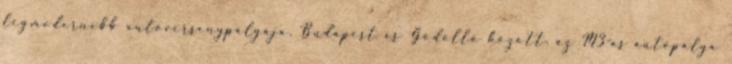
legmodernebb autóversenypályája. Budapest és Gödöllő között, az M3-as autópálya